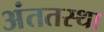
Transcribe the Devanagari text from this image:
अंततस्था